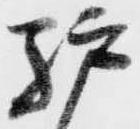
驢